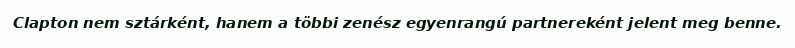
Clapton nem sztárként, hanem a többi zenész egyenrangú partnereként jelent meg benne.